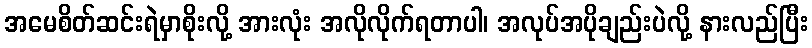
အမေစိတ်ဆင်းရဲမှာစိုးလို့ အားလုံး အလိုလိုက်ရတာပါ၊ အလုပ်အပိုချည်းပဲလို့ နားလည်ပြီး